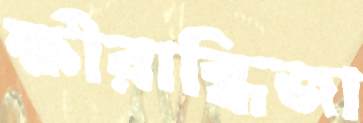
ক্ষীরাব্ধিজা